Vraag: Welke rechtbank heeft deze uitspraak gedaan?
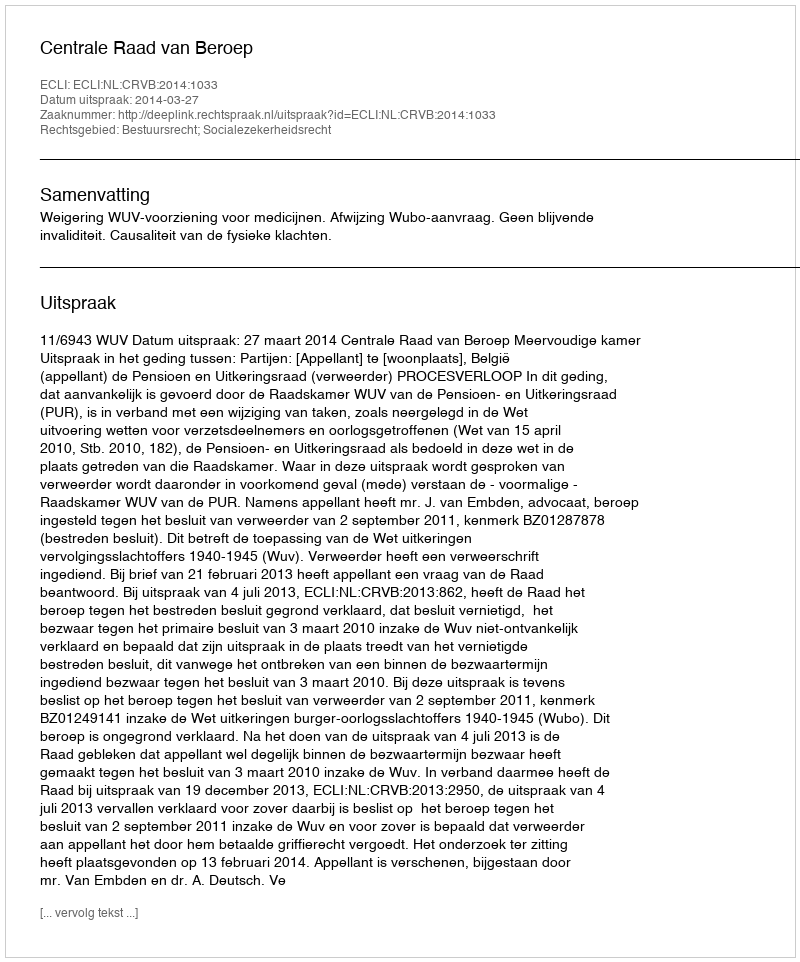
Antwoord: Centrale Raad van Beroep